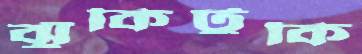
ঝুঁকিটুকি